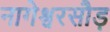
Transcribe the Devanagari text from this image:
नागेश्वरसौड़